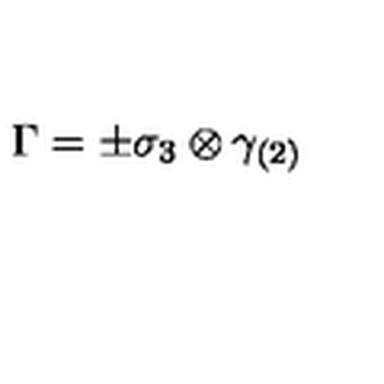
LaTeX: \Gamma = \pm \sigma _ { 3 } \otimes \gamma _ { ( 2 ) }